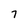
Character: 7